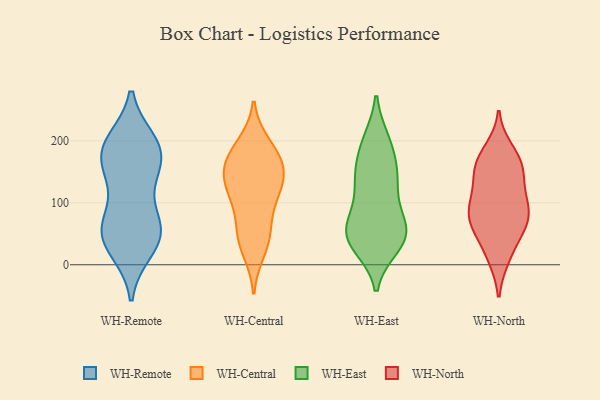
{"axis": {"x": "Shipments", "y": "Value"}, "legend": ["WH-Central", "WH-East", "WH-North", "WH-Remote"], "data": [{"x": "", "y": 58, "type": "WH-Remote"}, {"x": "", "y": 125, "type": "WH-Remote"}, {"x": "", "y": 59, "type": "WH-Remote"}, {"x": "", "y": 157, "type": "WH-Remote"}, {"x": "", "y": 55, "type": "WH-Remote"}, {"x": "", "y": 75, "type": "WH-Remote"}, {"x": "", "y": 188, "type": "WH-Remote"}, {"x": "", "y": 194, "type": "WH-Remote"}, {"x": "", "y": 155, "type": "WH-Remote"}, {"x": "", "y": 156, "type": "WH-Remote"}, {"x": "", "y": 199, "type": "WH-Remote"}, {"x": "", "y": 48, "type": "WH-Remote"}, {"x": "", "y": 55, "type": "WH-Remote"}, {"x": "", "y": 183, "type": "WH-Remote"}, {"x": "", "y": 23, "type": "WH-Remote"}, {"x": "", "y": 23, "type": "WH-Remote"}, {"x": "", "y": 198, "type": "WH-Remote"}, {"x": "", "y": 41, "type": "WH-Central"}, {"x": "", "y": 126, "type": "WH-Central"}, {"x": "", "y": 194, "type": "WH-Central"}, {"x": "", "y": 48, "type": "WH-Central"}, {"x": "", "y": 169, "type": "WH-Central"}, {"x": "", "y": 137, "type": "WH-Central"}, {"x": "", "y": 185, "type": "WH-Central"}, {"x": "", "y": 161, "type": "WH-Central"}, {"x": "", "y": 23, "type": "WH-Central"}, {"x": "", "y": 113, "type": "WH-Central"}, {"x": "", "y": 140, "type": "WH-Central"}, {"x": "", "y": 69, "type": "WH-Central"}, {"x": "", "y": 107, "type": "WH-Central"}, {"x": "", "y": 163, "type": "WH-Central"}, {"x": "", "y": 125, "type": "WH-East"}, {"x": "", "y": 138, "type": "WH-East"}, {"x": "", "y": 33, "type": "WH-East"}, {"x": "", "y": 70, "type": "WH-East"}, {"x": "", "y": 67, "type": "WH-East"}, {"x": "", "y": 91, "type": "WH-East"}, {"x": "", "y": 46, "type": "WH-East"}, {"x": "", "y": 190, "type": "WH-East"}, {"x": "", "y": 200, "type": "WH-East"}, {"x": "", "y": 30, "type": "WH-East"}, {"x": "", "y": 37, "type": "WH-East"}, {"x": "", "y": 47, "type": "WH-East"}, {"x": "", "y": 200, "type": "WH-East"}, {"x": "", "y": 133, "type": "WH-East"}, {"x": "", "y": 154, "type": "WH-East"}, {"x": "", "y": 48, "type": "WH-East"}, {"x": "", "y": 152, "type": "WH-East"}, {"x": "", "y": 59, "type": "WH-East"}, {"x": "", "y": 13, "type": "WH-North"}, {"x": "", "y": 96, "type": "WH-North"}, {"x": "", "y": 55, "type": "WH-North"}, {"x": "", "y": 185, "type": "WH-North"}, {"x": "", "y": 164, "type": "WH-North"}, {"x": "", "y": 149, "type": "WH-North"}, {"x": "", "y": 12, "type": "WH-North"}, {"x": "", "y": 100, "type": "WH-North"}, {"x": "", "y": 140, "type": "WH-North"}, {"x": "", "y": 78, "type": "WH-North"}, {"x": "", "y": 168, "type": "WH-North"}, {"x": "", "y": 63, "type": "WH-North"}, {"x": "", "y": 99, "type": "WH-North"}, {"x": "", "y": 52, "type": "WH-North"}, {"x": "", "y": 86, "type": "WH-North"}, {"x": "", "y": 169, "type": "WH-North"}, {"x": "", "y": 73, "type": "WH-North"}, {"x": "", "y": 133, "type": "WH-North"}]}